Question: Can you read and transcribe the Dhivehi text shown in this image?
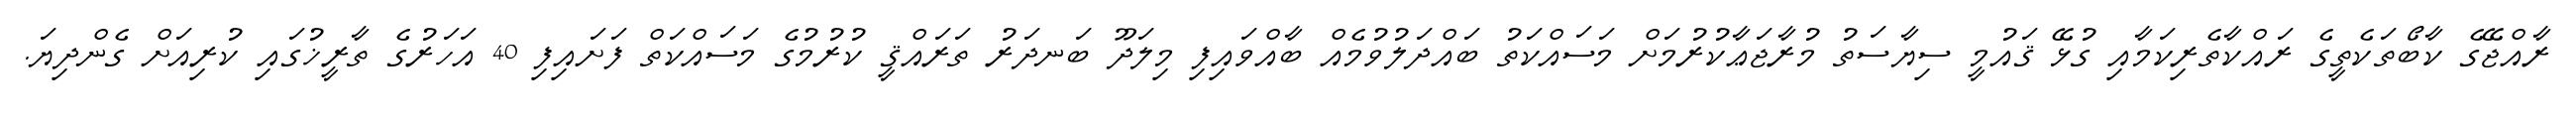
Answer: ރާއްޖޭގެ ކާބޯތަކެތީގެ ރައްކާތެރިކަމާއި ގުޅޭ ޤައުމީ ސިޔާސަތު މުރާޖަޢާކުރުމަށް މަސައްކަތު ބައްދަލުވުމެއް ބާއްވައިފި މިލަދޫ ބަނދަރު ތަރައްޤީ ކުރުމުގެ މަސައްކަތް ފަށައިފި 40 އަހަރުގެ ތާރީޚުގައި ކުރިއަށް ގެންދިޔަ.